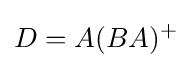
D=A(BA)^{+}